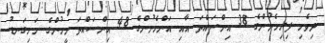
ދިވެހި ފިރިހެނުންގެ 38 އިންސައްތަ އާއި އަންހެނުންގެ 48 އިންސައްތަ މީހުންގެ ހަށިގަނޑު